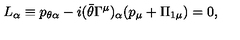
L _ { \alpha } \equiv p _ { \theta \alpha } - i ( \bar { \theta } \Gamma ^ { \mu } ) _ { \alpha } ( p _ { \mu } + \Pi _ { 1 \mu } ) = 0 ,